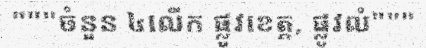
"""ចំនួន ៤លើក ផ្លូវខេត្ត, ផ្លូវលំ"""